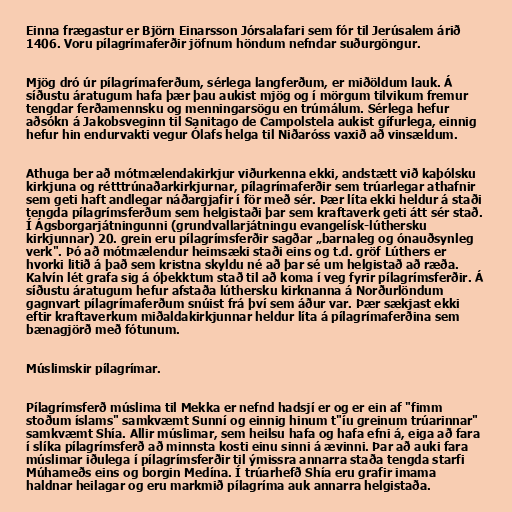
Einna frægastur er Björn Einarsson Jórsalafari sem fór til Jerúsalem árið
1406. Voru pílagrímaferðir jöfnum höndum nefndar suðurgöngur.

Mjög dró úr pílagrímaferðum, sérlega langferðum, er miðöldum lauk. Á
síðustu áratugum hafa þær þau aukist mjög og í mörgum tilvikum fremur
tengdar ferðamennsku og menningarsögu en trúmálum. Sérlega hefur
aðsókn á Jakobsveginn til Sanitago de Campolstela aukist gífurlega, einnig
hefur hin endurvakti vegur Ólafs helga til Niðaróss vaxið að vinsældum.

Athuga ber að mótmælendakirkjur viðurkenna ekki, andstætt við kaþólsku
kirkjuna og rétttrúnaðarkirkjurnar, pílagrímaferðir sem trúarlegar athafnir
sem geti haft andlegar náðargjafir í för með sér. Þær líta ekki heldur á staði
tengda pílagrímsferðum sem helgistaði þar sem kraftaverk geti átt sér stað.
Í Ágsborgarjátningunni (grundvallarjátningu evangelísk-lúthersku
kirkjunnar) 20. grein eru pílagrímsferðir sagðar „barnaleg og ónauðsynleg
verk". Þó að mótmælendur heimsæki staði eins og t.d. gröf Lúthers er
hvorki litið á það sem kristna skyldu né að þar sé um helgistað að ræða.
Kalvín lét grafa sig á óþekktum stað til að koma í veg fyrir pílagrímsferðir. Á
síðustu áratugum hefur afstaða lúthersku kirknanna á Norðurlöndum
gagnvart pílagrímaferðum snúist frá því sem áður var. Þær sækjast ekki
eftir kraftaverkum miðaldakirkjunnar heldur líta á pílagrímaferðina sem
bænagjörð með fótunum.

Múslimskir pílagrímar.

Pílagrímsferð múslima til Mekka er nefnd hadsjí er og er ein af "fimm
stoðum íslams" samkvæmt Sunní og einnig hinum t"íu greinum trúarinnar"
samkvæmt Shía. Allir múslimar, sem heilsu hafa og hafa efni á, eiga að fara
í slíka pílagrímsferð að minnsta kosti einu sinni á ævinni. Þar að auki fara
múslimar iðulega í pílagrímsferðir til ýmissra annarra staða tengda starfi
Múhameðs eins og borgin Medína. Í trúarhefð Shía eru grafir imama
haldnar heilagar og eru markmið pílagríma auk annarra helgistaða.